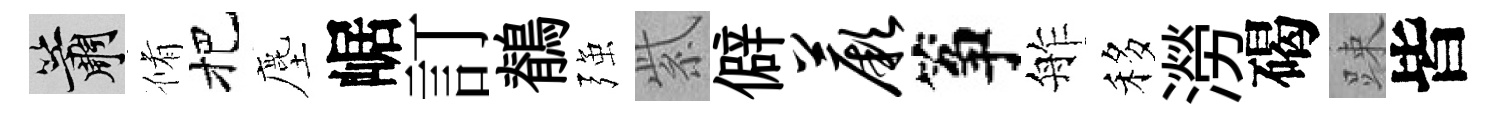
簫脩把塵崌訂鶺强紫僻蕨筝舴移澇碣踈皆